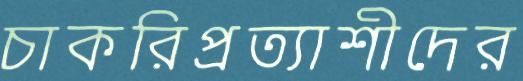
চাকরিপ্রত্যাশীদের